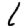
Digit: 1